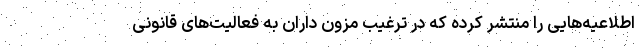
اطلاعیه‌هایی را منتشر کرده که در ترغیب مزون داران به فعالیت‌های قانونی